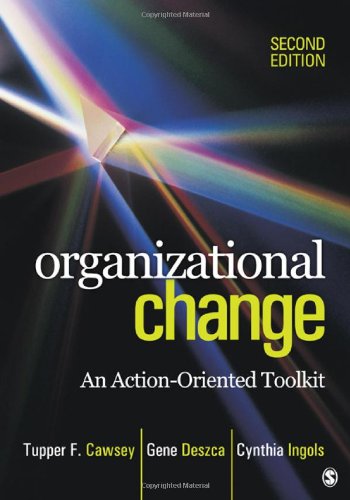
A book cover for Organizational Change: An Action-Oriented Toolkit; Thomas (Tupper) F. Cawsey; Business & Money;